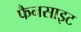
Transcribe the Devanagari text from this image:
फैनसाइट